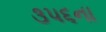
૩૫૬ના